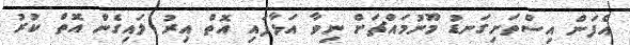
އެފަން އިސްތަށިގަނޑު މޫނުމައްޗަށް ނިވާ އަޅާފައި އޮތް އިރު ލައިގެން އޮތް ކުރު